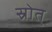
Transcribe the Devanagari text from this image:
स्रोत्